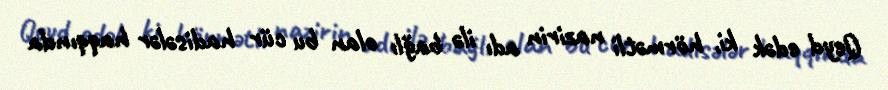
Qeyd edək ki, hörmətli nazirin adı ilə bağlı olan bu cür hadisələr haqqında